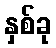
နှစ်ခု